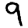
Digit: 9